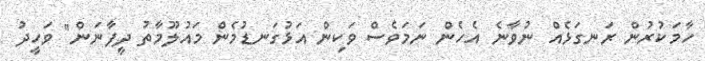
ހާމަކުރުން ރަނގަޅެއް ނުވާނެ އެހެން ނަމަވެސް ވަކިން އަޅުގަނޑުމެން މައުލޫމާތު ދީފާނަން" ވަހީދު